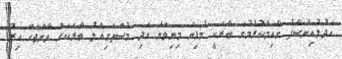
އަދުލުއިންސާފު ގާއިމްކުރުމުގެ ބާރަކީ މުޅިން މިނިވަން އަދި މުސްތަގިއްލު ބާރަކަށް ވާންޖެހޭ އިރު